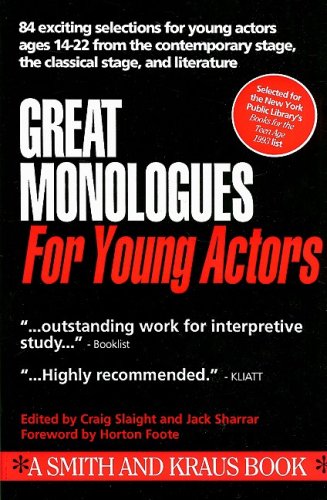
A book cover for Great Monologues for Young Actors  Volume I (Young Actors Series); Literature & Fiction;